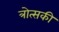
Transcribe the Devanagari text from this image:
त्रोत्सकी